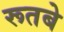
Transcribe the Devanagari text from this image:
रूतबे